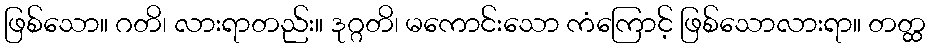
ဖြစ်သော။ ဂတိ၊ လားရာတည်း။ ဒုဂ္ဂတိ၊ မကောင်းသော ကံကြောင့် ဖြစ်သောလားရာ။ တတ္ထ